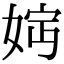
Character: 𡝏